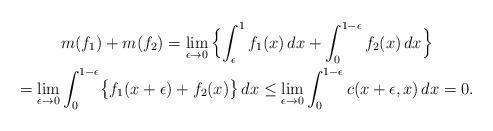
LaTeX: \begin{gather*}m(f_1)+m(f_2)=\lim_{\epsilon\rightarrow 0}\,\Bigl\{\int_\epsilon^1f_1(x)\,dx+\int_0^{1-\epsilon}f_2(x)\,dx\Bigr\}\\=\lim_{\epsilon\rightarrow 0}\int_0^{1-\epsilon}\bigl\{f_1(x+\epsilon)+f_2(x)\bigr\}\,dx\le\lim_{\epsilon\rightarrow 0}\int_0^{1-\epsilon}c(x+\epsilon,x)\,dx=0.\end{gather*}